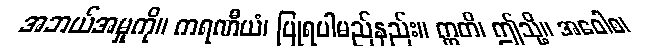
အဘယ်အမှုကို။ ကရဏီယံ၊ ပြုရပါမည်နည်း။ ဣတိ၊ ဤသို့။ အဝေါစ၊